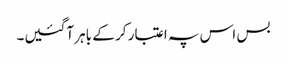
بس اس پہ اعتبار کر کے باہر آگئیں۔